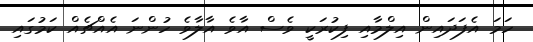
ހަމަ އެފަދައިން އިލްމާއި ފިކުރަކީ ވެސް އާވެ އާލާވެ ހުންނަ އެއްޗެއް ކަމުގައި